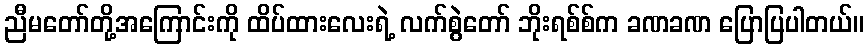
ညီမတော်တို့အကြောင်းကို ထိပ်ထားလေးရဲ့ လက်စွဲတော် ဘိုးရစ်စ်က ခဏခဏ ပြောပြပါတယ်။